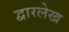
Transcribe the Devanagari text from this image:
द्वारलेख